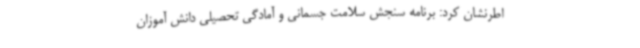
اطرنشان کرد: برنامه سنجش سلامت جسمانی و آمادگی تحصیلی دانش آموزان